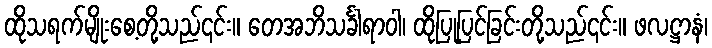
ထိုသရက်မျိုးစေ့တို့သည်၎င်း။ တေအဘိသင်္ခါရာဝါ၊ ထိုပြုပြင်ခြင်းတို့သည်၎င်း။ ဖလဋ္ဌာနံ၊